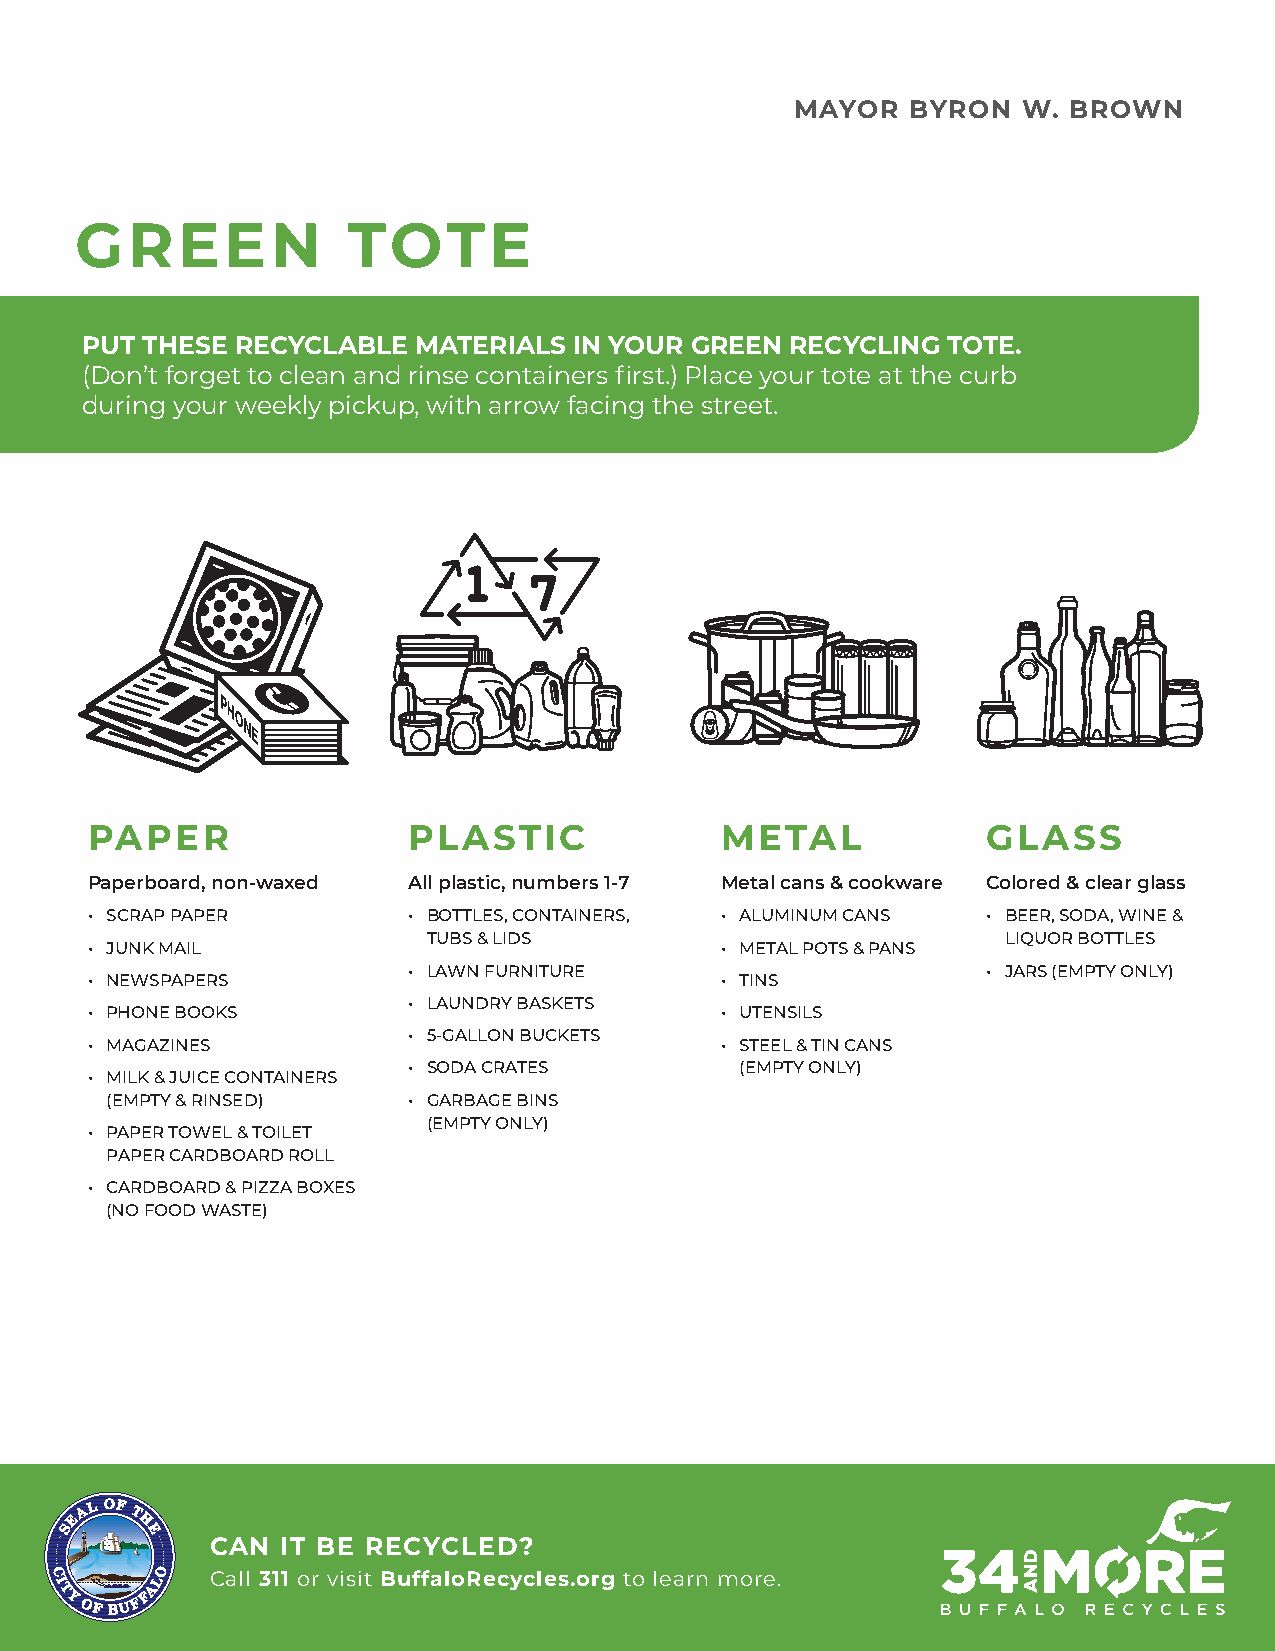
MAYOR     BYRON    W.  BROWN
 MAYOR  BYRON   W. BROWN
 GREEN             TOTE
 GREEN             TOTE
 Put these recyclable materials in your green recycling tote. (Don’t forget to clean
 and rinse containers first.) Place your tote at the curb during your weekly pickup,
 PUT THESE  RECYCLABLE MATERIALS  IN YOUR GREEN RECYCLING  TOTE.
 with arrow facing the street.
 (Don’t forget to clean and rinse containers first.) Place your tote at the curb
 during your weekly pickup, with arrow facing the street.
 PAPER              PLASTIC             METAL              GLASS
 PAPER                PLASTIC              METAL            GLASS
 Paperboard, non-waxed All plastic, numbers 1-7 Metal cans & cookware Colored & clear glass
 • SCRAP PAPER      • BOTTLES, CONTAINERS, • ALUMINUM CANS • BEER, SODA, WINE
 Paperboard, non-waxed All plastic, numbers 1-7 Metal cans & cookware Colored & clear glass
 TUBS & LIDS                           & LIQUOR BOTTLES
 • JUNK MAIL                            • METAL POTS & PANS
 • SCRAP PAPER        • BOTTLES, CONTAINERS, • ALUMINUM CANS • BEER, SODA, WINE &
 • LAWN FURNITURE                       • JARS
 • NEWSPAPERS        TUBS & LIDS        • TINS              LIQUOR BOTTLES
 • JUNK MAIL                               • METAL POTS & PANS
 (EMPTY ONLY)
 • NE•W PSHPAOPNEER SBOOKS • • LLAAWUNN FDURRYN BITAUSRKEETS • •U TTEINNSSILS • JARS (EMPTY ONLY)
 • PH•O NMEA GBOAOZIKNSES • • L5A-UGNADLRLYO BNA BSUKCETKSETS • •S TUETEELN &SI LTSIN CANS
 • • 5S-GOADLALO CNR ABTUECSKETS (EMPTY ONLY)
 • MA•G MAZILINKE &S JUICE CONTAINERS      • STEEL & TIN CANS
 (EMPTY & RINSED) • • SGOADRAB CARGAET EBSINS (EMPTY ONLY)
 • MILK & JUICE CONTAINERS
 (EMPTY ONLY)
 (EM• PPTAY P&E RRI NTSOEWD)EL & TOILET • GARBAGE BINS
 • PAPEPRA TPOEWR ECLA &R DTOBIOLAETR D ROLL (EMPTY ONLY)
 PAPER CARDBOARD ROLL
 • CARDBOARD & PIZZA
 • CARDBBOOXAERSD ( N&O P IFZOZAO DBO WXAESS T E)
 (NO FOOD WASTE)
 CAN  IT BE  RECYCLED?
 Call 311 or visit BuffaloRecycles.org to learn more.
 CAN  IT BE RECYCLED?
 Call 311 or visit BuffaloRecycles.org to learn more.